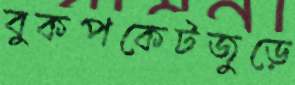
বুকপকেটজুড়ে